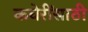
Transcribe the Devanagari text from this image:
कचेरींसाठी